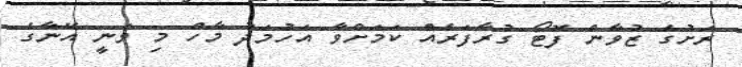
ރަށުގެ ޒުވާން ފޮޓޯ ގުރާފަރެއް ކަމަށްވާ އަހުމަދު މާހް މި ވަނީ އޭނާގެ